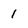
Character: 1